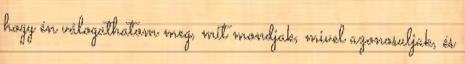
hogy én válogathatom meg, mit mondjak, mivel azonosuljak, és